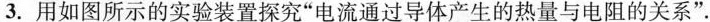
3. 用如图所示的实验装置探究“电流通过导体产生的热量与电阻的关系”.